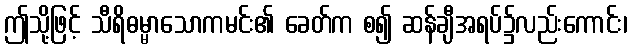
ဤသို့ဖြင့် သီရိဓမ္မာသောကမင်း၏ ခေတ်က စ၍ ဆန်ချီအရပ်၌လည်းကောင်း၊